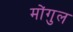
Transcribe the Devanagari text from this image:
मोंगुल